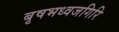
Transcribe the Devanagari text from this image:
बृषभध्वजगिरि